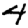
Digit: 4